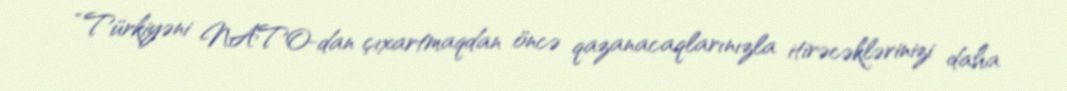
“Türkiyəni NATO-dan çıxartmaqdan öncə qazanacaqlarınızla itirəcəklərinizi daha